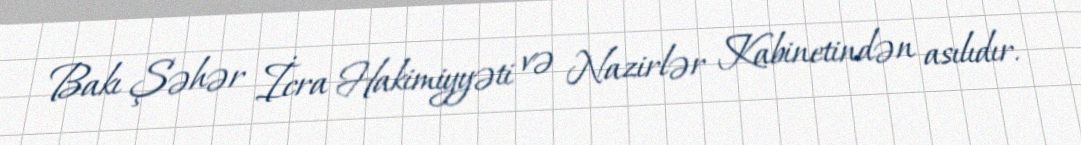
Bakı Şəhər İcra Hakimiyyəti və Nazirlər Kabinetindən asılıdır.